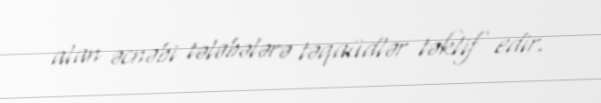
alan əcnəbi tələbələrə təqaüdlər təklif edir.